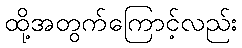
ထို့အတွက်ကြောင့်လည်း